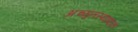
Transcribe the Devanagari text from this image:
अच्युतस्याष्टकं